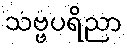
သဗ္ဗပရိညာ